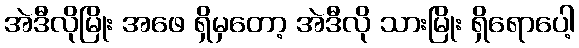
အဲဒီလိုမြိုး အဖေ ရှိမှတော့ အဲဒီလို သားမြိုး ရှိရောပေါ့